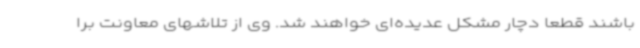
باشند قطعا دچار مشکل عدیده‌ای خواهند شد. وی از تلاشهای معاونت برا